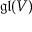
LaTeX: { \mathfrak { g l } } ( V )